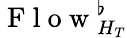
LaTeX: \mathrm{~F~l~o~w~}_{H_{T}}^{\flat}